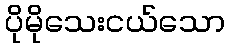
ပိုမိုသေးငယ်သော